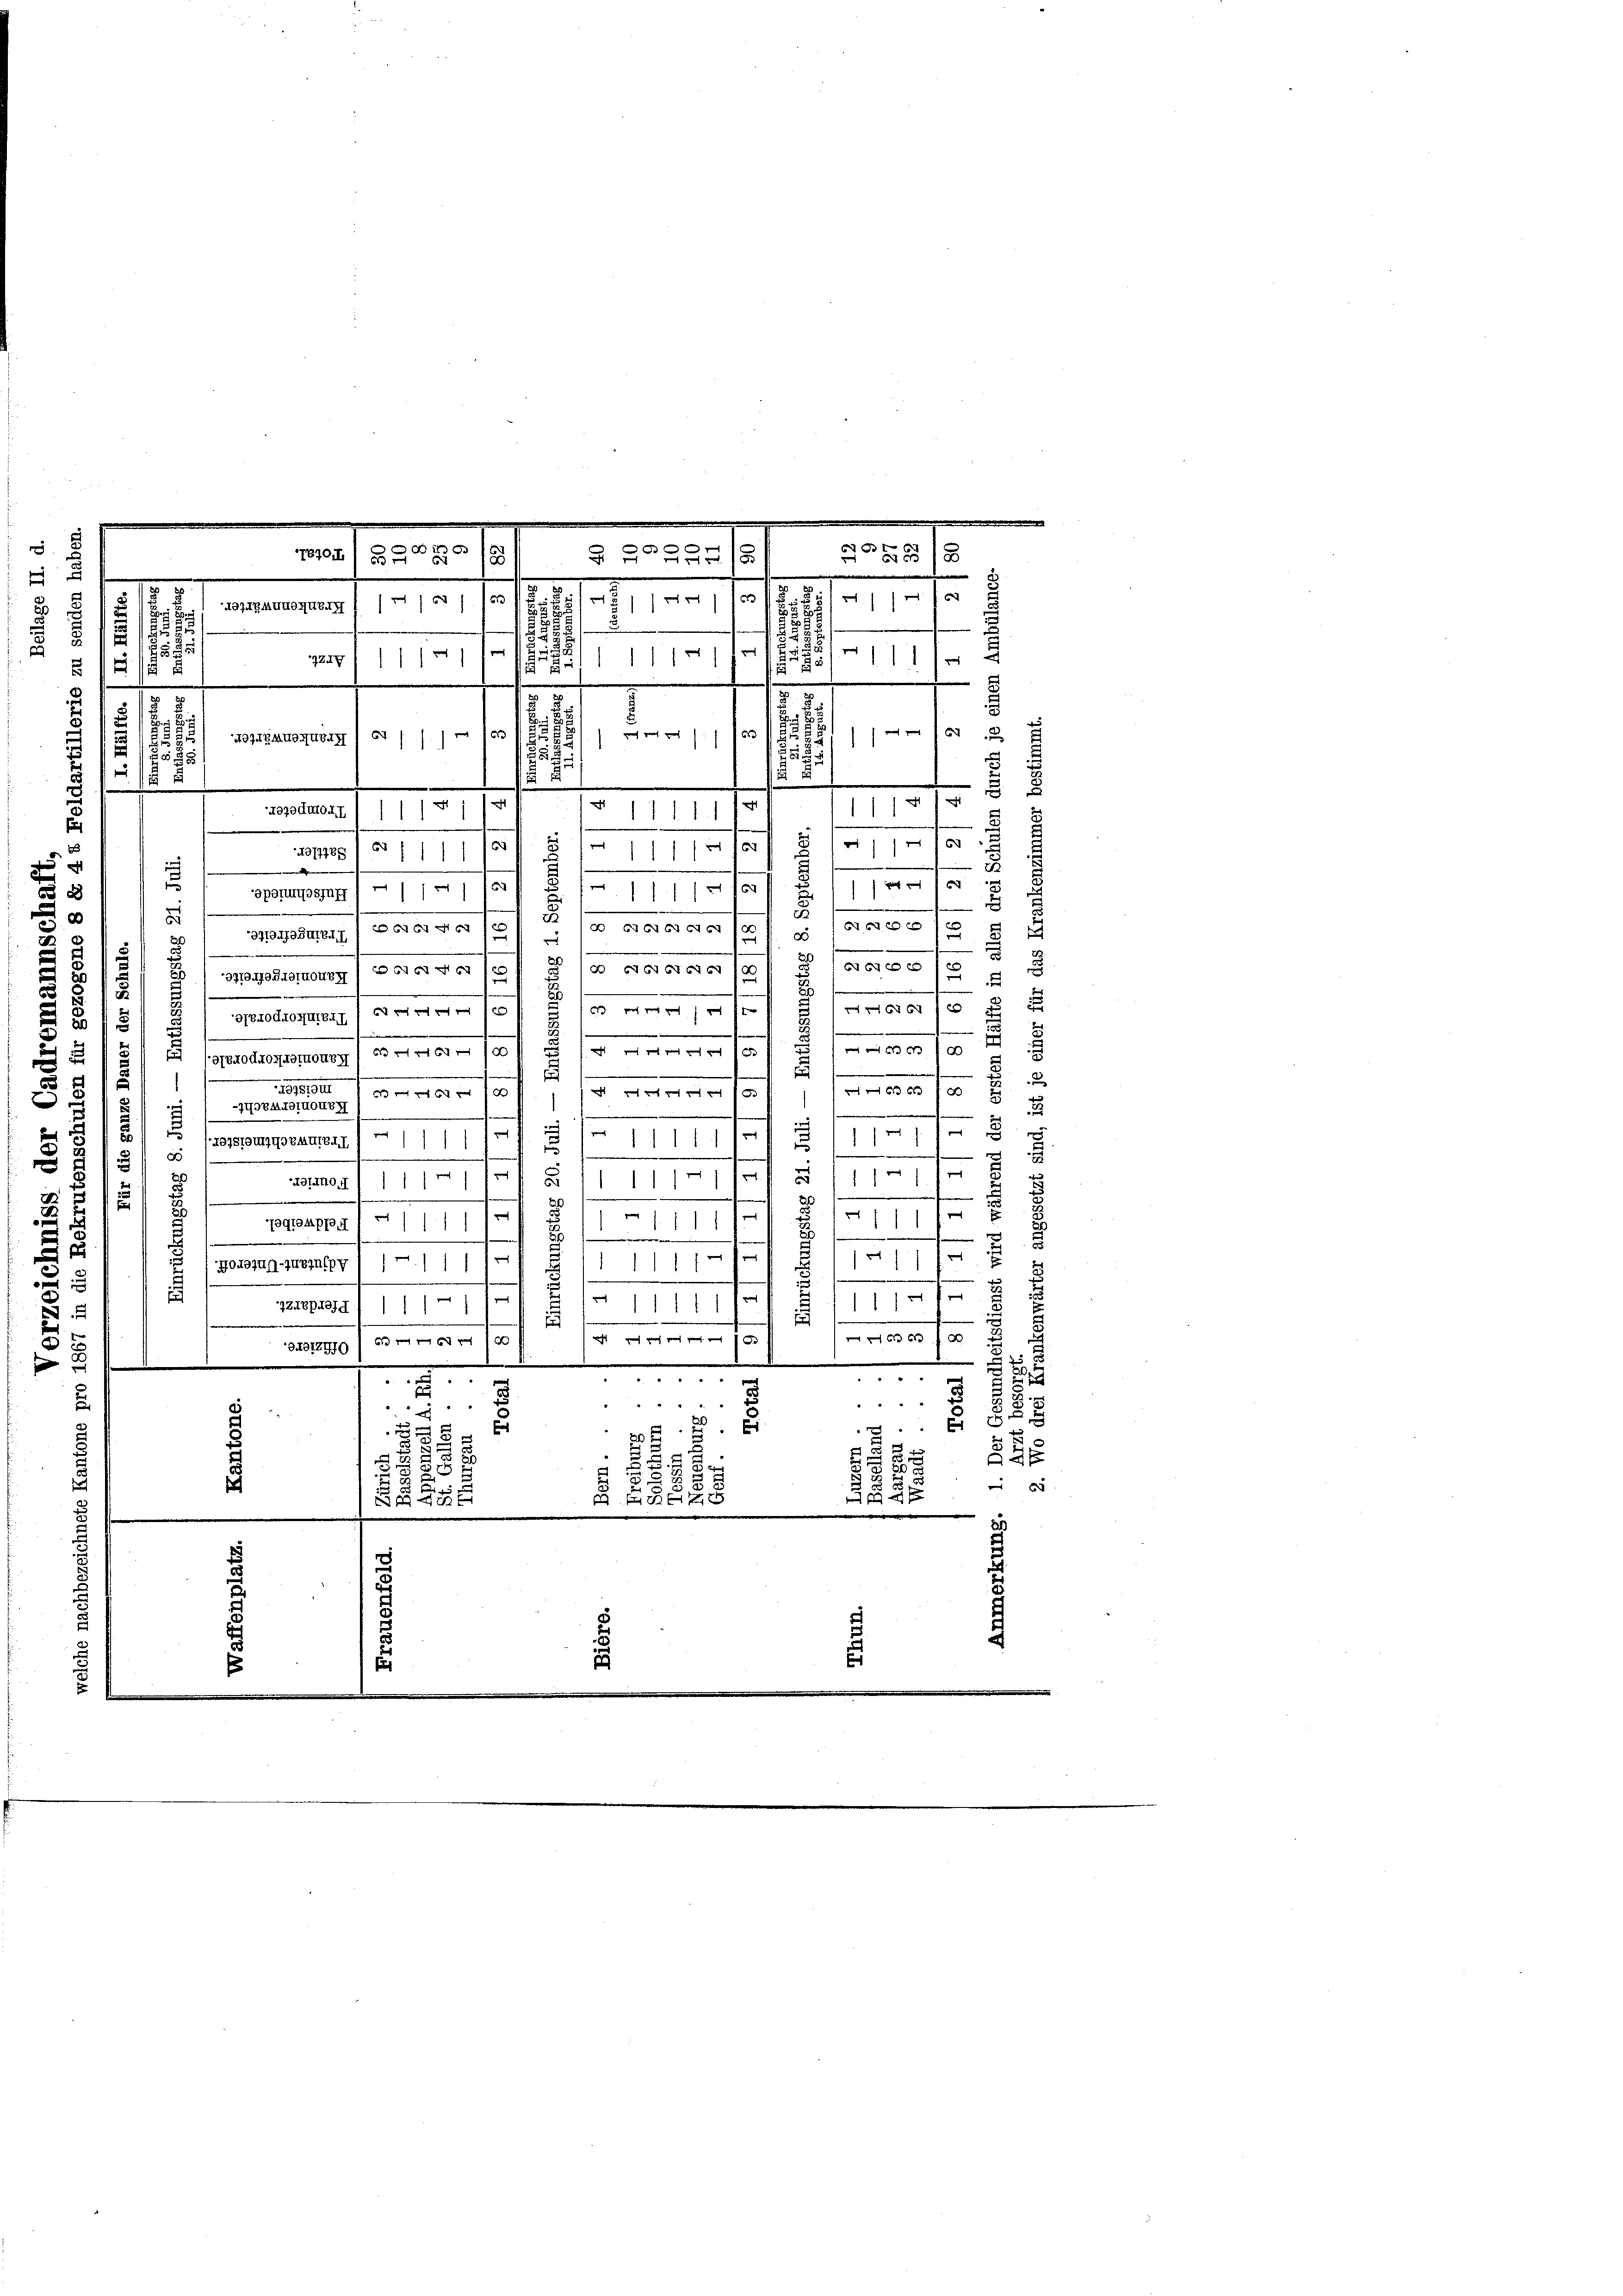
s
s

i
s
u
d
6
u
6
1 f 10
BPortuosine
8
d
8
—
.
.
d
AGIGNG CGEL

371073SHTENTI PCIGANG
.
e
u
6670 x
FTEGO 10
66x x
c
.
97191IOSTDIKONEy
.
5
.
.
.
66 xx
.
 0 f 0 x
GEFOdHOJUTAT 167 n 100
d
d
222
e
.
x
.
.
 f 0 x
10
 GTEORKOSBOMMony I 63 NNG /0
.
u
e
e
2
1
6x xx
437S7UI 1 S
 2120293
u
.
-77DEMIOINOUBE
2
.
t
.
8
.
.

e
u
r
GOTSTRIGOZAUTEMI/11/1
E
t
u

.

s
11
d
t
e
Tino. 111
1
 er
h
e
2
.
d
e
f
t
E
1
e
7gruppe 1 1/1
d
.
.
u
e
1
d
e

8 / Portig gebracht
.
1
.
2
e
t
.
e
111 f 0 x
¬
3248pied 1 1/1 11
1

11
2
e
e
.
f
s

Richt nach

DIZIII 676. 19
2

.
.
.
s
" " "
2
 " " "

8
 4 "
" " " " "
E
E
E

5
s
8
 xx
.
t
2
.
s
e
s
 255
f f 0 x
EST
w
.
f

a

8
a
n
a
d
.

.
5618
1704, S. ZGB 189
5/5
u
|
§.8.
.
/10

AGILBANKOJUBAT
.
25
2
¬
1111
11/10 4
ZZug 1 1/

.
2
.
.
8

6
u
ch reich noch
,
611 f 0 x
AGIIRAMMUBAH
535

s

2
1
.
1
e
t
t
14 f
rogocutoir ////
s
§ 1111.
.
e

 16 x
e
f
5 1 1/2 10
.
Aepag 1 e 1 11
e

.
.

t

e
177
.

1
.

E